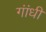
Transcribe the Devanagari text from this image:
गांंधी